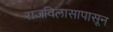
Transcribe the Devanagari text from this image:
राजविलासापासून